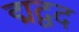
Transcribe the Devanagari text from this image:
द्मद्वद